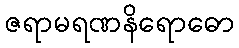
ဇရာမရဏနိရောဓော